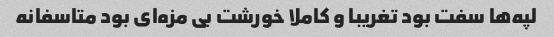
لپه‌ها سفت بود تغریبا و کاملا خورشت بی مزه‌ای بود متاسفانه